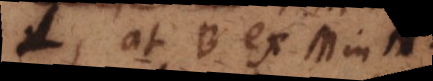
L, at B ex M in N.